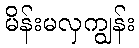
မိန်းမလှကျွန်း